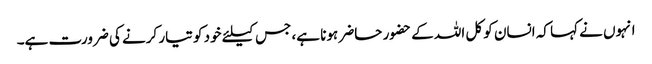
انہوں نے کہا کہ انسان کو کل اللہ کے حضور حاضر ہونا ہے، جس کیلئے خود کو تیار کرنے کی ضرورت ہے۔